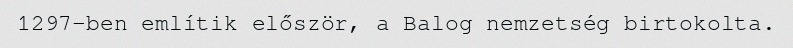
1297-ben említik először, a Balog nemzetség birtokolta.